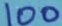
Text: 100